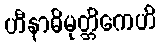
ဟီနာဓိမုတ္တိကေဟိ